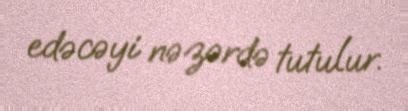
edəcəyi nəzərdə tutulur.